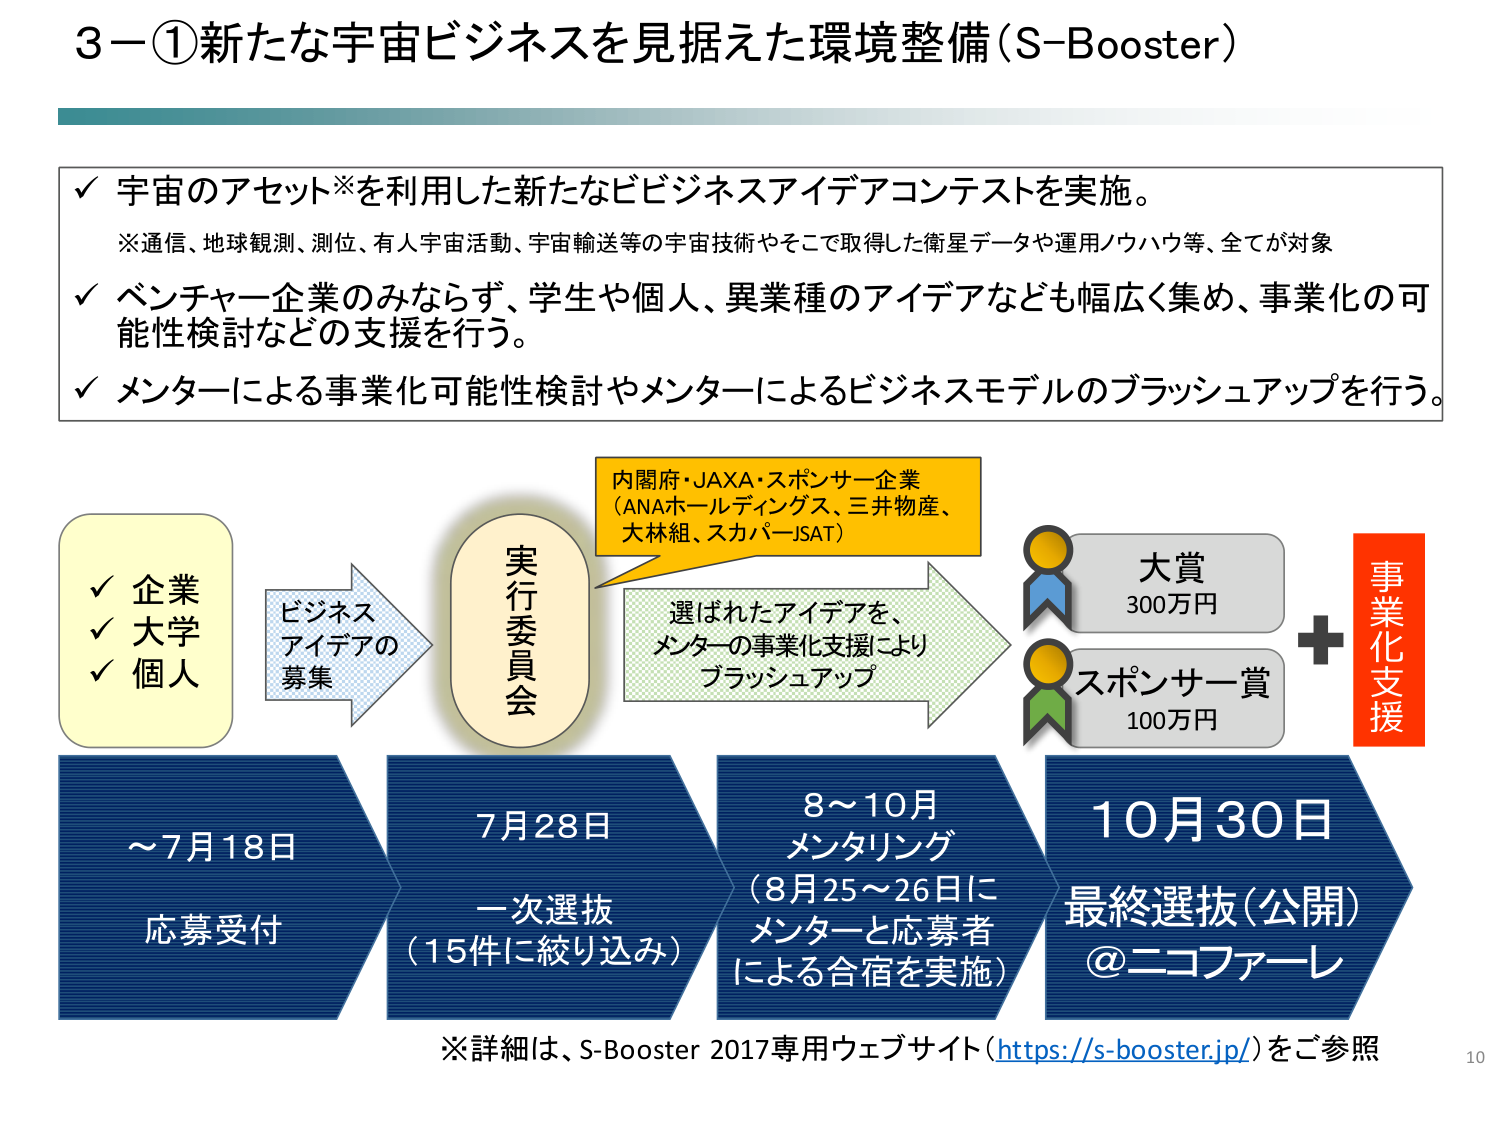
3－①新たな宇宙ビジネスを見据えた環境整備（S-Booster）

✓ 宇宙のアセット※を利用した新たなビジネスアイデアコンテストを実施。
　※通信、地球観測、測位、有人宇宙活動、宇宙輸送等の宇宙技術やそこで取得した衛星データや運用ノウハウ等、全てが対象

✓ ベンチャー企業のみならず、学生や個人、異業種のアイデアなども幅広く集め、事業化の可能性検討などの支援を行う。

✓ メンターによる事業化可能性検討やメンターによるビジネスモデルのブラッシュアップを行う。

企業
大学
個人

ビジネス
アイデアの
募集

実行委員会

内閣府・JAXA・スポンサー企業
（ANAホールディングス、三井物産、
大林組、スカパーJSAT）

選ばれたアイデアを、
メンターの事業化支援により
ブラッシュアップ

大賞
300万円

スポンサー賞
100万円

事業化支援

～7月18日
応募受付

7月28日
一次選抜
（15件に絞り込み）

8～10月
メンタリング
（8月25～26日に
メンターと応募者
による合宿を実施）

10月30日
最終選抜（公開）
＠ニコファーレ

※詳細は、S-Booster 2017専用ウェブサイト（https://s-booster.jp/）をご参照

10